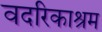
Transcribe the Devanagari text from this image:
वदरिकाश्रम